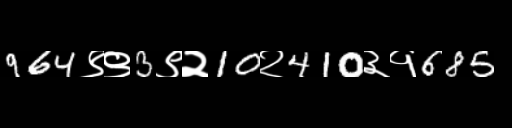
Text: 964९९3९२10२410३१685